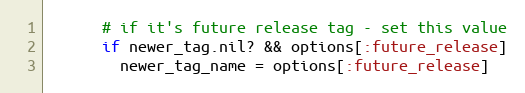
Language: Ruby
      # if it's future release tag - set this value
      if newer_tag.nil? && options[:future_release]
        newer_tag_name = options[:future_release]